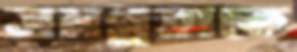
সমগ্রতাকে